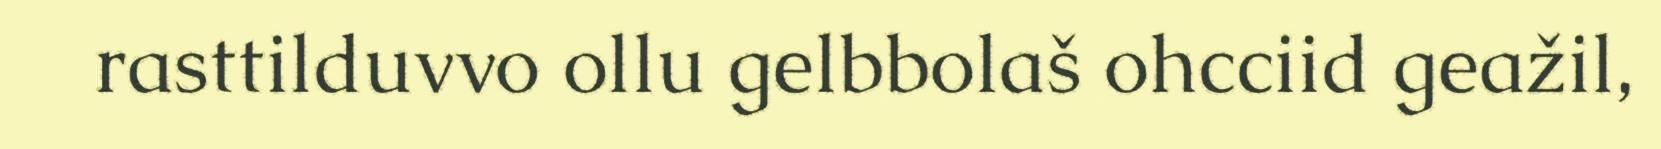
rasttilduvvo ollu gelbbolaš ohcciid geažil,